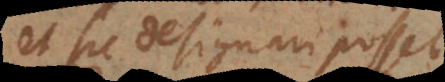
et sic designari posset